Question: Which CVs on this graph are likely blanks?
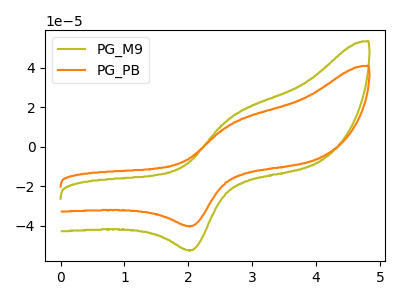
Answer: <think>The olive curve "PG_M9" has an anodic peak at (2.70V, 15.10uA) and a cathodic peak at (2.05V, -52.30uA). The orange curve "PG_PB" has an anodic peak at (2.70V, 11.55uA) and a cathodic peak at (2.05V, -40.10uA).</think>
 <answer>There are not any CV's on this graph that are likely to be blanks.</answer>
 <eval>none</eval>